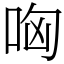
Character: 哅